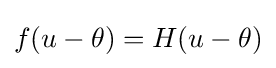
f(u-\theta )=H(u-\theta )